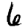
Digit: 6